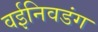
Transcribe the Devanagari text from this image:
वईनिवडंग